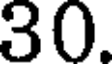
30.